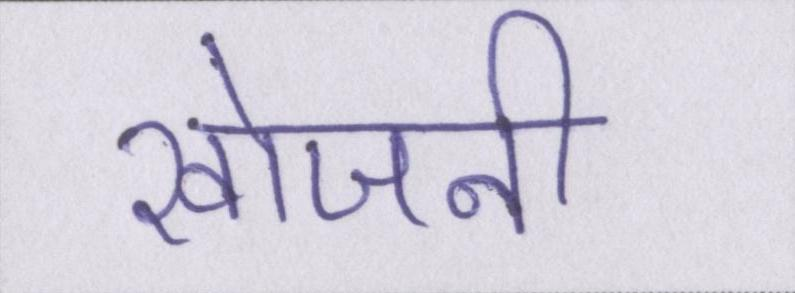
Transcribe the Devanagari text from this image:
खोजनी